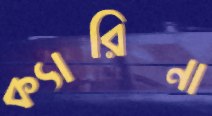
ক্যারিনা